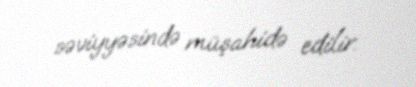
səviyyəsində müşahidə edilir.